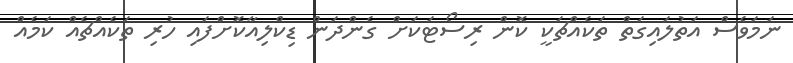
ނަމަވެސް އަތުލައިގަތް ތަކެއްޗަކީ ކޮން ރިސޯޓަކަށް ގެންދަން ޑިކްލިއާކޮށްފައި ހުރި ތަކެއްޗެއް ކަމެއް